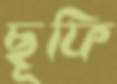
ছূফি